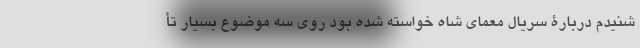
شنیدم دربارۀ سریال معمای شاه خواسته شده بود روی سه موضوع بسیار تأ